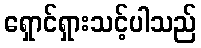
ရှောင်ရှားသင့်ပါသည်